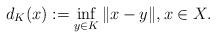
LaTeX: \begin{align*}d_K(x) := \inf_{y \in K} \| x-y \|, x \in X.\end{align*}